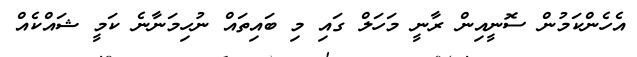
އެހެންކަމުން ސޮނީއިން ރާނީ މަހަލް ގައި މި ބައިތައް ނުހިމަނާނެ ކަމީ ޝައްކެއް